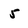
Character: 5